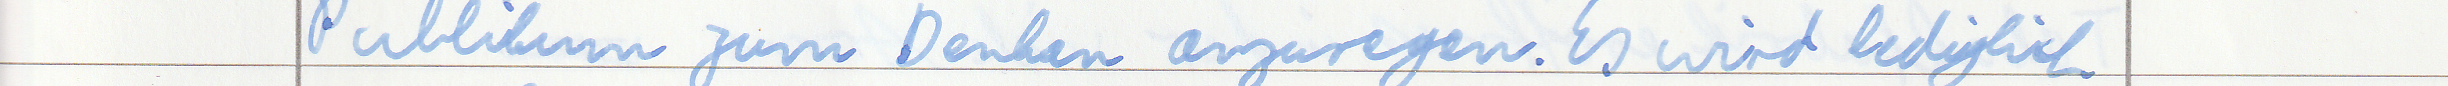
Publikum zum Denken anzuregen. Es wird lediglich